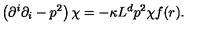
\left( \partial ^ { i } \partial _ { i } - p ^ { 2 } \right) \chi = - \kappa L ^ { d } p ^ { 2 } \chi f ( r ) .